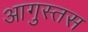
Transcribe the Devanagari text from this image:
आगुस्तस